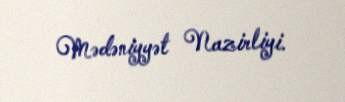
Mədəniyyət Nazirliyi.